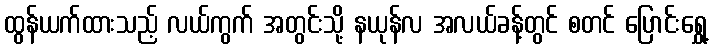
ထွန်ယက်ထားသည့် လယ်ကွက် အတွင်းသို့ နယုန်လ အလယ်ခန့်တွင် စတင် ပြောင်းရွှေ့